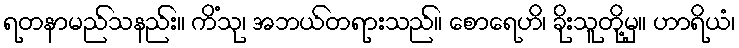
ရတနာမည်သနည်း။ ကိံသု၊ အဘယ်တရားသည်။ စောရေဟိ၊ ခိုးသူတို့မှ။ ဟာရိယံ၊